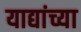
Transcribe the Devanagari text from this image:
याद्यांच्या